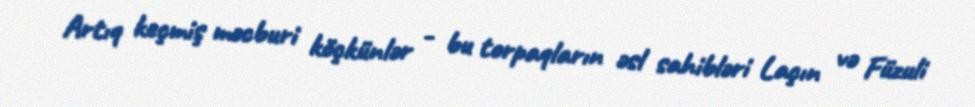
Artıq keçmiş məcburi köçkünlər - bu torpaqların əsl sahibləri Laçın və Füzuli